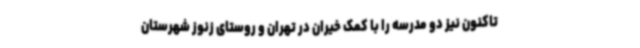
تاکنون نیز دو مدرسه را با کمک خیران در تهران و روستای زنوز شهرستان